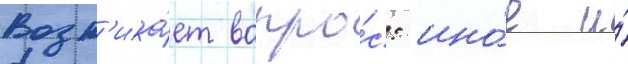
Возн'ика́ет вопро́с: ино́е и́